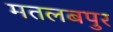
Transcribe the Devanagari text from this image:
मतलबपुर